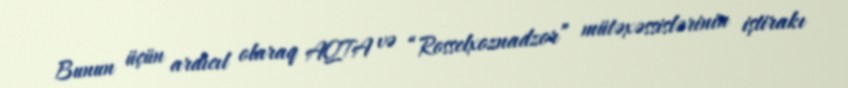
Bunun üçün ardıcıl olaraq AQTA və “Rosselxoznadzor” mütəxəssislərinin iştirakı